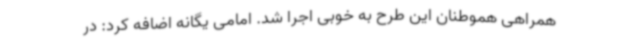
همراهی هموطنان این طرح به خوبی اجرا شد. امامی یگانه اضافه کرد: در